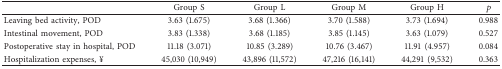
|  | Group S | Group L | Group M | Group H | p |
 | --- | --- | --- | --- | --- | --- |
 | Leaving bed activity, POD | 3.63 (1.675) | 3.68 (1.366) | 3.70 (1.588) | 3.73 (1.694) | 0.988 |
 | Intestinal movement, POD | 3.83 (1.338) | 3.68 (1.185) | 3.85 (1.145) | 3.63 (1.079) | 0.527 |
 | Postoperative stay in hospital, POD | 11.18 (3.071) | 10.85 (3.289) | 10.76 (3.467) | 11.91 (4.957) | 0.084 |
 | Hospitalization expenses, ¥ | 45,030 (10,949) | 43,896 (11,572) | 47,216 (16,141) | 44,291 (9,532) | 0.363 |